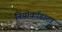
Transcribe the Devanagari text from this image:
नियोकॉडाटा